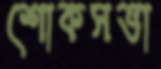
শোকসভা